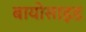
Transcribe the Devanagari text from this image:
बायोसाइड